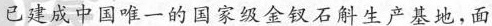
已建成中国唯一的国家级金钗石斛生产基地，面